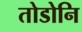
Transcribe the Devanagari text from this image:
तोडोनि